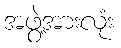
အဖွဲ့အားလုံး